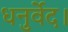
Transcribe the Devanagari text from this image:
धनुर्वेद।